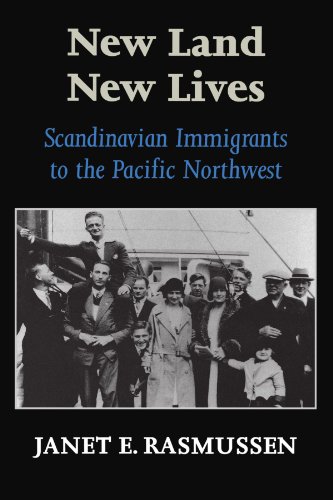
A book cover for New Land, New Lives: Scandinavian Immigrants to the Pacific Northwest; Janet Rasmussen; Biographies & Memoirs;